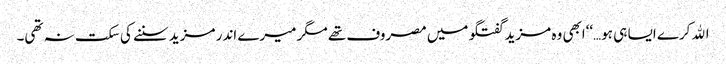
اﷲ کرے ایسا ہی ہو…‘‘ابھی وہ مزید گفتگو میں مصروف تھے مگر میرے اندر مزید سننے کی سکت نہ تھی۔